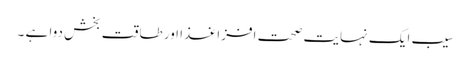
سیب ایک نہایت صحت افزا غذا اور طاقت بخش دوا ہے ۔